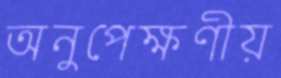
অনুপেক্ষণীয়